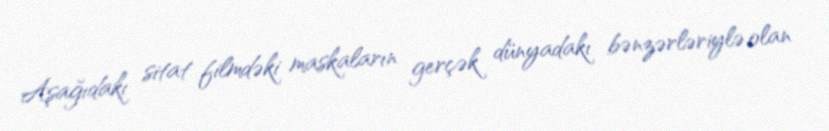
Aşağıdakı sitat filmdəki maskaların gerçək dünyadakı bənzərləriylə olan